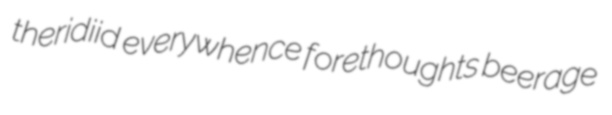
theridiid everywhence forethoughts beerage